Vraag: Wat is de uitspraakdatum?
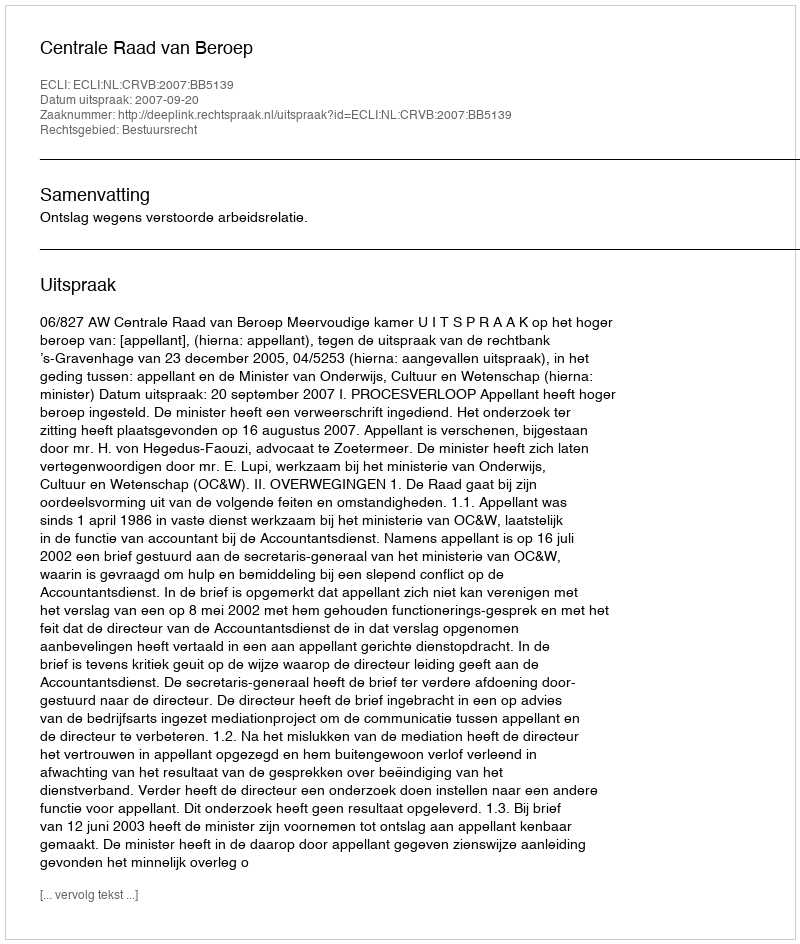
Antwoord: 2007-09-20